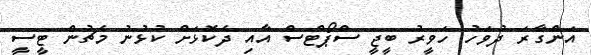
އަންގާރަ ދުވަހު ހަވީރު ބީޖީ ސްޕޯޓްސް އާއި ދެކޮޅަށް ކުޅުނު މެޗުން ޓީސީ